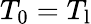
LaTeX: T_{0}=T_{\mathrm{l}}